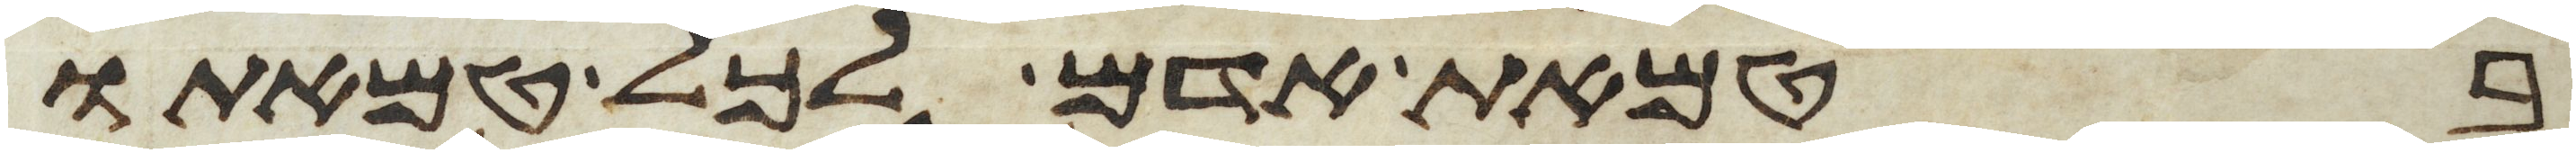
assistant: בטמאת אדם לכל טמאתו